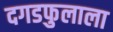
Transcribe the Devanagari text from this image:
दगडफुलाला